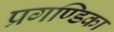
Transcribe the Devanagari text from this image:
प्रगण्डिका